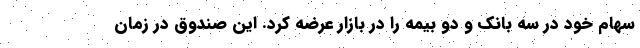
سهام خود در سه بانک و دو بیمه را در بازار عرضه کرد. این صندوق در زمان